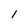
Character: l